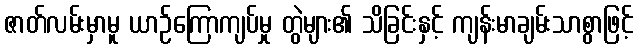
ဇာတ်လမ်းမှာမူ ယာဉ်ကြောကျပ်မှု တွဲများ၏ သိခြင်းနှင့် ကျန်းမာချမ်းသာစွာဖြင့်